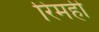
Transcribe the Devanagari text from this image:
रिमही